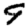
Digit: 9